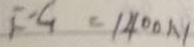
F - G = 1 4 0 0 N